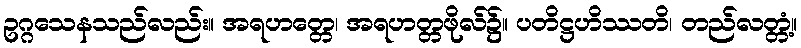
ဥဂ္ဂသေနသည်လည်း။ အရဟတ္တေ၊ အရဟတ္တဖိုလ်၌။ ပတိဋ္ဌဟိဿတိ၊ တည်လတ္တံ့။